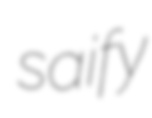
saify